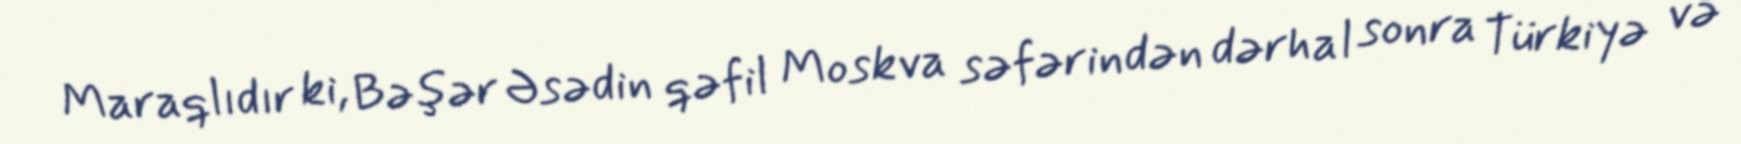
Maraqlıdır ki, Bəşər Əsədin qəfil Moskva səfərindən dərhal sonra Türkiyə və